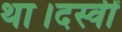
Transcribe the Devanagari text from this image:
था।दस्वीं